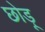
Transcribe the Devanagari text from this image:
छोड़ू